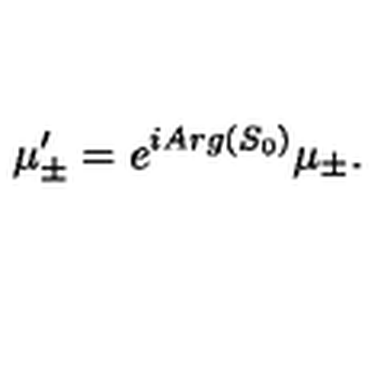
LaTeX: \mu _ { \pm } ^ { \prime } = e ^ { i A r g ( S _ { 0 } ) } \mu _ { \pm } .